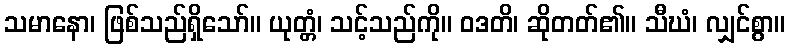
သမာနော၊ ဖြစ်သည်ရှိသော်။ ယုတ္တံ၊ သင့်သည်ကို။ ဝဒတိ၊ ဆိုတတ်၏။ သီဃံ၊ လျှင်စွာ။